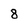
Character: 8